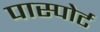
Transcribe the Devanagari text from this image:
पास्पोर्ट